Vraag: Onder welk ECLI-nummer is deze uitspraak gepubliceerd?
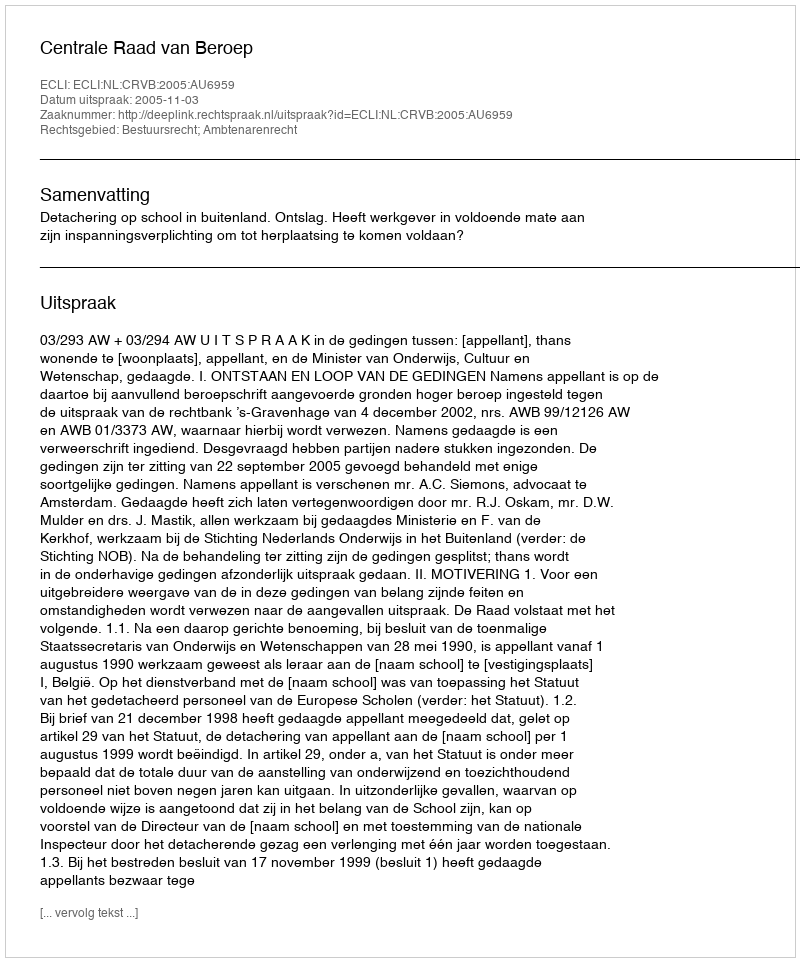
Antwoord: ECLI:NL:CRVB:2005:AU6959